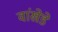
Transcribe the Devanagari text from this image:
वांखेडे